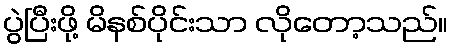
ပွဲပြီးဖို့ မိနစ်ပိုင်းသာ လိုတော့သည်။